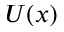
U ( x )